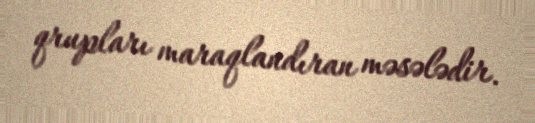
qrupları maraqlandıran məsələdir.